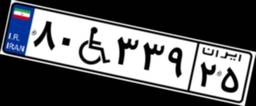
۸۰W۳۳۹۲۵